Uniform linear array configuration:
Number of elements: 32
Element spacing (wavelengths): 0.25
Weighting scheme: blackman
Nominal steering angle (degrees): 30
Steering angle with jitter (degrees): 31.648
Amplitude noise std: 0.05
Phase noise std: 0.05

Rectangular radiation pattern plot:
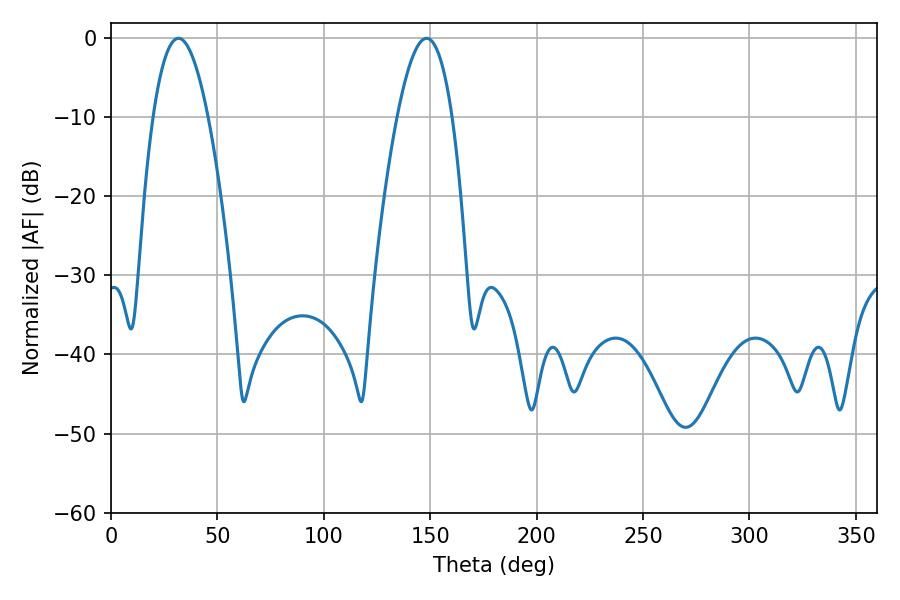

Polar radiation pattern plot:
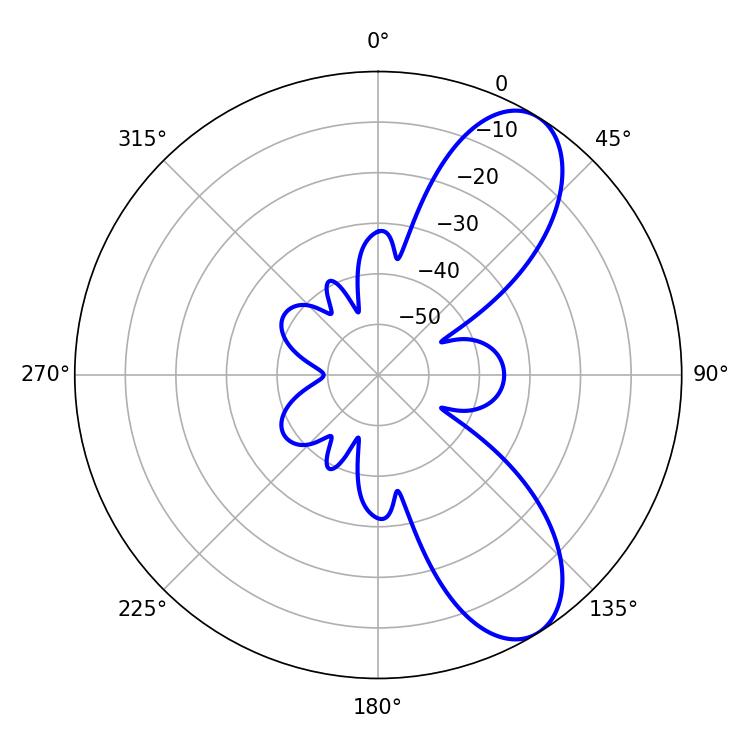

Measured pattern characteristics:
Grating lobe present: FALSE
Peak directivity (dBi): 8.501
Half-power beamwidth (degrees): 14.22
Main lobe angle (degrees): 31.68